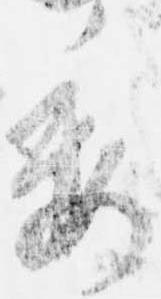
委